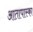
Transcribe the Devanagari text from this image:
आतापास्का